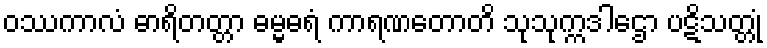
ဝဿကာလံ ဓာရိတတ္တာ ဓမ္မဓရံ ကာရဏတောတိ သုသုက္ကဒါဌော ပဋိသတ္တုံ